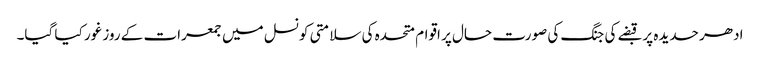
ادھر حدیدہ پر قبضے کی جنگ کی صورت حال پر اقوام متحدہ کی سلامتی کونسل میں جمعرات کے روز غور کیا گیا۔